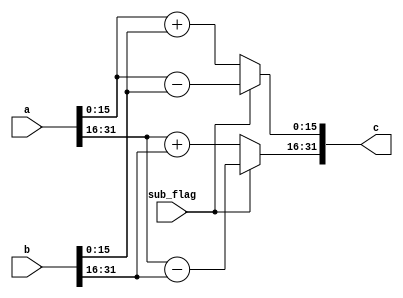
module cmx_add (
    input [31:0] a,
    input [31:0] b,
    input sub_flag,
    output [31:0] c
  );
  wire signed [15:0] a_real = a[15:0];
  wire signed [15:0] a_img = a[31:16];
  wire signed [15:0] b_real = b[15:0];
  wire signed [15:0] b_img = b[31:16];
  //   wire [15:0] c_real = c[15:0];
  //   wire [15:0] c_img = c[31:16];

  wire [15:0] c_real = (sub_flag)? (a_real - b_real):
       a_real + b_real;

  wire [15:0] c_img = (sub_flag)? (a_img - b_img):
       a_img + b_img;

  assign c = {c_img, c_real};     

endmodule